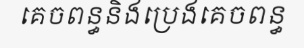
គេចពន្ធនិងប្រេងគេចពន្ធ